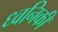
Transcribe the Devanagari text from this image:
ध्‍वनिकी